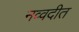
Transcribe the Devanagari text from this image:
नव्वदीत